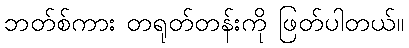
ဘတ်စ်ကား တရုတ်တန်းကို ဖြတ်ပါတယ်။